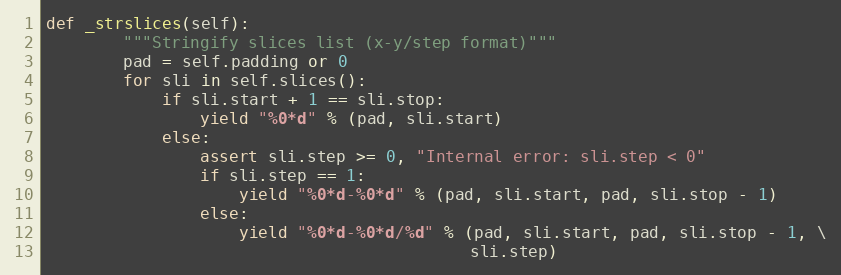
Language: Python
def _strslices(self):
        """Stringify slices list (x-y/step format)"""
        pad = self.padding or 0
        for sli in self.slices():
            if sli.start + 1 == sli.stop:
                yield "%0*d" % (pad, sli.start)
            else:
                assert sli.step >= 0, "Internal error: sli.step < 0"
                if sli.step == 1:
                    yield "%0*d-%0*d" % (pad, sli.start, pad, sli.stop - 1)
                else:
                    yield "%0*d-%0*d/%d" % (pad, sli.start, pad, sli.stop - 1, \
                                            sli.step)